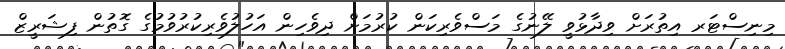
މިނިސްޓަރ އިތުރަށް ވިދާޅުވީ ލޭނުގެ މަސްވެރިކަން ކުރުމަށް ދިވެހިން އަހުލުވެރިކުރުވުމުގެ ގޮތުން ފިޝަރީޒް